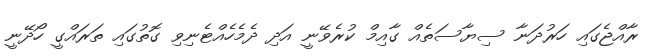
ރާއްޖެގައި ހަރުދަނާ ސިޔާސަތެއް ގާއިމް ކުރެވޭނީ އަދި ދެމެހެއްޓެނިވި ގޮތުގައި ތަރައްގީ ހޯދޭނީ